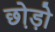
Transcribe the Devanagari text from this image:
छो़ड़ो